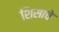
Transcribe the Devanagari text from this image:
शिसाचे